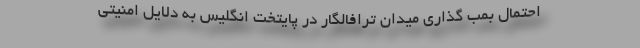
احتمال بمب گذاری میدان ترافالگار در پایتخت انگلیس به دلایل امنیتی